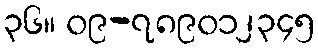
၃၆။ ၀၉-၇၈၉၀၁၂၃၄၅